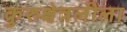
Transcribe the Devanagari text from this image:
कुरुक्षेत्रलीला